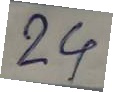
24